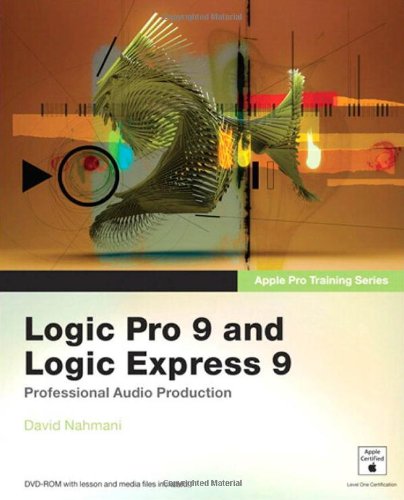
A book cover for Apple Pro Training Series: Logic Pro 9 and Logic Express 9; David Nahmani; Computers & Technology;